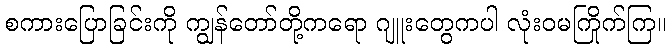
စကားပြောခြင်းကို ကျွန်တော်တို့ကရော ဂျူးတွေကပါ လုံးဝမကြိုက်ကြ။